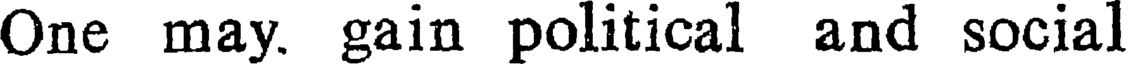
One may. gain political and social